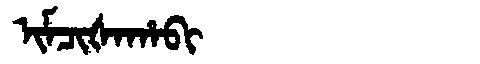
Manchu: ᡳᠮᠴᡳᡧᠠᡥᠠᠪᡳ
Romanization: IMCIŠAHABI